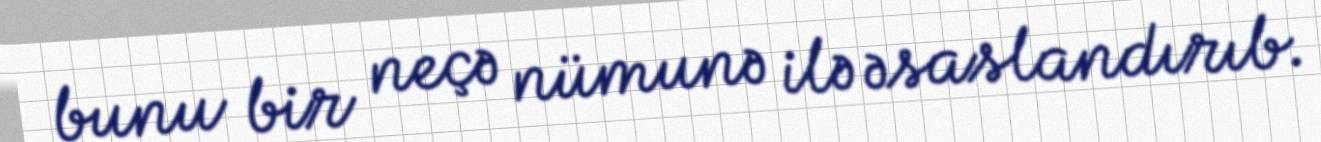
bunu bir neçə nümunə ilə əsaslandırıb.